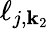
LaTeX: \ell_{j,\mathbf{k}_{2}}